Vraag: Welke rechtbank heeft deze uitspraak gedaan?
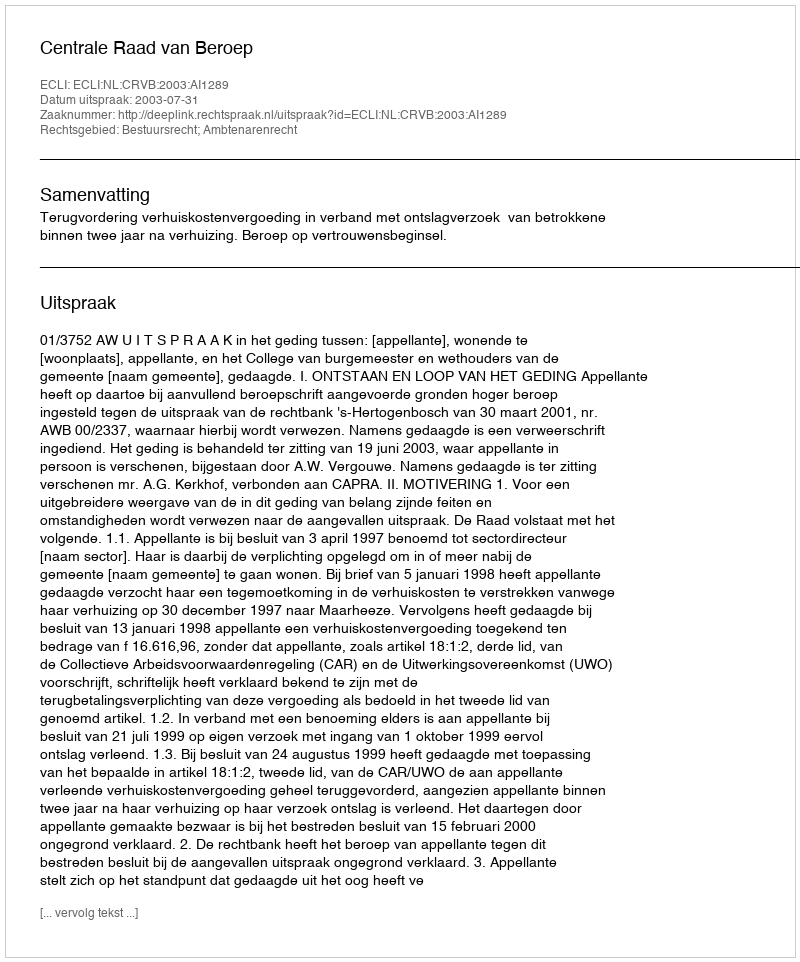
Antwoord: Centrale Raad van Beroep